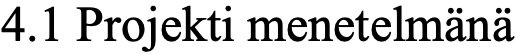
4.1 Projekti menetelmänä